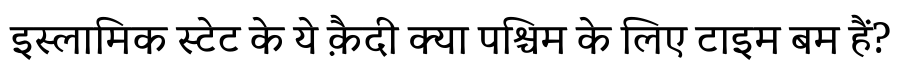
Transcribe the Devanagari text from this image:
इस्लामिक स्टेट के ये क़ैदी क्या पश्चिम के लिए टाइम बम हैं?